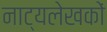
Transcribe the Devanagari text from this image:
नाट्यलेखकों